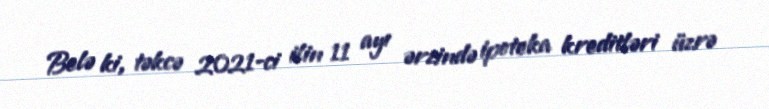
Belə ki, təkcə 2021-ci ilin 11 ayı ərzində ipoteka kreditləri üzrə